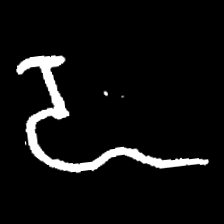
Pyu character \u2014 Myanmar letter: ဍ (romanized: dda)